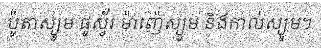
ប៉ូតាស្យូម ផូស្វ័រ ម៉ាញ៉េស្យូម និងកាល់ស្យូម។